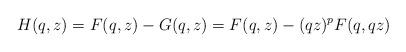
LaTeX: \begin{align*} H(q,z)=F(q,z)-G(q,z)=F(q,z)-(qz)^{p}F(q,qz) \end{align*}